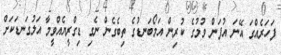
ފަހަރެއްގަ އޭނަ އުފަން ވުމުގެ ކުރިން އަމޯބަނޑުގެ ތިބެގެން ނެގި ޑިގްރީޔެއްވީމާ އަލުގަނޑަކަށް